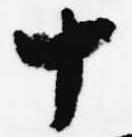
十